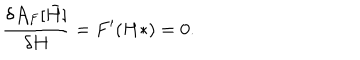
\frac { \delta { \cal A } _ { F } [ { { \bar { H } } } ] } { \delta H } = F ^ { \prime } ( H * ) = 0 .